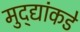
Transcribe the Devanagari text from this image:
मुद्‍द्यांकडे